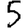
Digit: 5